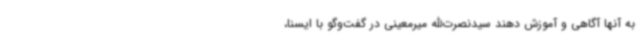
به آنها آگاهی و آموزش دهند سیدنصرت‌الله میرمعینی در گفت‌وگو با ایسنا،